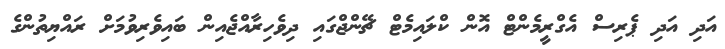
އަދި އަދި ޕެރިސް އެގްރީމެންޓް އޮން ކްލައިމެޓް ޗޭންޖްގައި ދިވެހިރާއްޖެއިން ބައިވެރިވުމަށް ރައްޔިތުންގެ